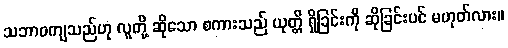
သဘာဝကျသည်ဟု လူတို့ ဆိုသော စကားသည် ယုတ္တိ ရှိခြင်းကို ဆိုခြင်းပင် မဟုတ်လား။